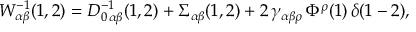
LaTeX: W _ { \alpha \beta } ^ { - 1 } ( 1 , 2 ) = D _ { 0 \, \alpha \beta } ^ { - 1 } ( 1 , 2 ) + \Sigma _ { \alpha \beta } ( 1 , 2 ) + 2 \, \gamma _ { \alpha \beta \rho } \, \Phi ^ { \rho } ( 1 ) \, \delta ( 1 - 2 ) ,